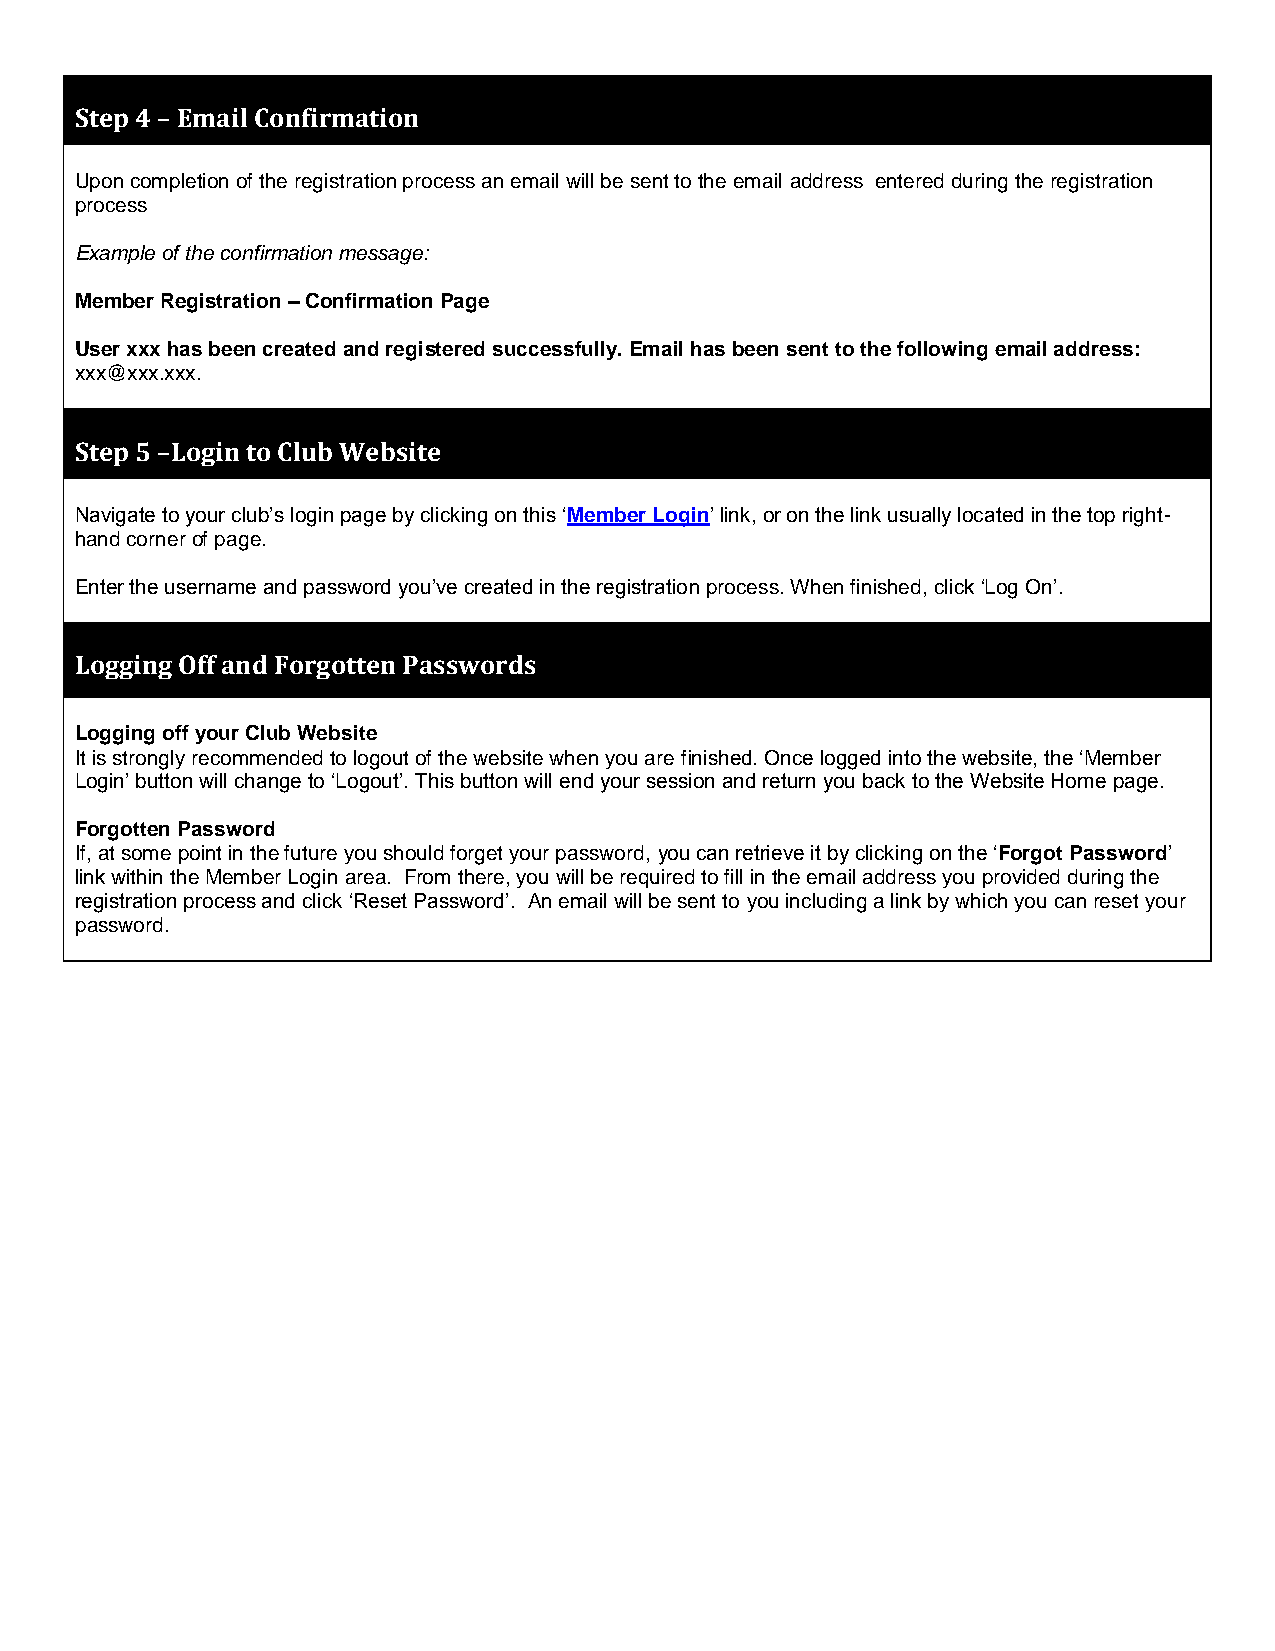
Step 4 – Email Confirmation
 Upon completion of the registration process an email will be sent to the email address entered during the registration
 process
 Example of the confirmation message:
 Member Registration – Confirmation Page
 User xxx has been created and registered successfully. Email has been sent to the following email address:
 xxx@xxx.xxx.
 Step 5 –Login to Club Website
 Navigate to your club’s login page by clicking on this ‘Member Login’ link, or on the link usually located in the top right-
 hand corner of page.
 Enter the username and password you’ve created in the registration process. When finished, click ‘Log On’.
 Logging Off and Forgotten Passwords
 Logging off your Club Website
 It is strongly recommended to logout of the website when you are finished. Once logged into the website, the ‘Member
 Login’ button will change to ‘Logout’. This button will end your session and return you back to the Website Home page.
 Forgotten Password
 If, at some point in the future you should forget your password, you can retrieve it by clicking on the ‘Forgot Password’
 link within the Member Login area. From there, you will be required to fill in the email address you provided during the
 registration process and click ‘Reset Password’. An email will be sent to you including a link by which you can reset your
 password.